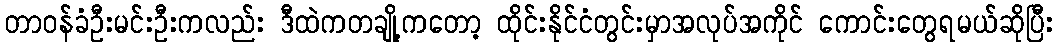
တာဝန်ခံဦးမင်းဦးကလည်း ဒီထဲကတချို့ကတော့ ထိုင်းနိုင်ငံတွင်းမှာအလုပ်အကိုင် ကောင်းတွေရမယ်ဆိုပြီး